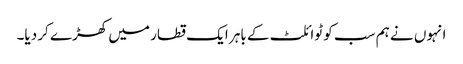
انہوں نے ہم سب کو ٹوائلٹ کے باہر ایک قطار میں کھڑے کر دیا۔